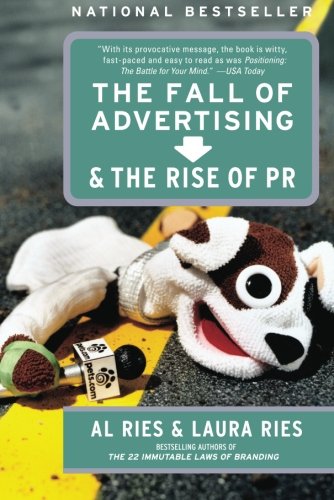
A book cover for The Fall of Advertising and the Rise of PR; Al Ries; Business & Money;